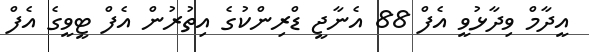
އީދާމް ވިދާޅުވީ އެފް 88 އެނާޖީ ޑްރިންކުގެ އިތުރުން އެފް ޓީވީގެ އެފް